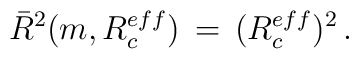
\bar R^2(m,R_c^{eff})\,=\,(R_c^{eff})^2\,{.}